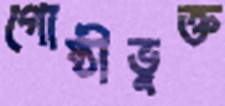
গোষ্ঠীভুক্ত